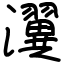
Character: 瀷